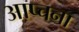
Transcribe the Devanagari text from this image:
आप्चना